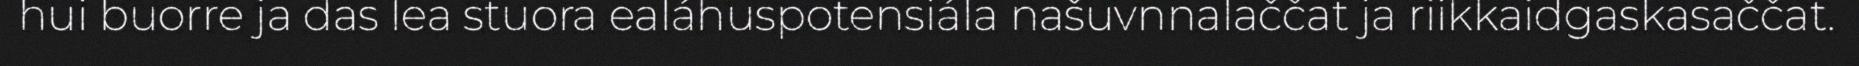
hui buorre ja das lea stuora ealáhuspotensiála našuvnnalaččat ja riikkaidgaskasaččat.